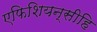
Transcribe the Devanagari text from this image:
एफिशियन्सीहि